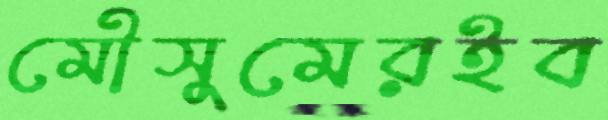
মৌসুমেরইব